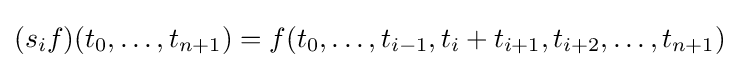
(s_{i}f)(t_{0},\dots ,t_{n+1})=f(t_{0},\dots ,t_{i-1},t_{i}+t_{i+1},t_{i+2},\dots ,t_{n+1})